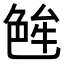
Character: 𬜝